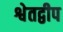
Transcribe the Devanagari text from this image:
श्वेतद्वीप